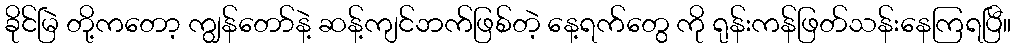
ခိုင်မြဲ တို့ကတော့ ကျွန်တော်နဲ့ ဆန့်ကျင်ဘက်ဖြစ်တဲ့ နေ့ရက်တွေ ကို ရုန်းကန်ဖြတ်သန်းနေကြရပြီ။